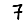
Digit: 7